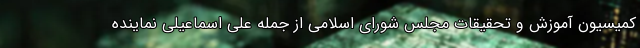
کمیسیون آموزش و تحقیقات مجلس شورای اسلامی از جمله علی اسماعیلی نماینده